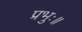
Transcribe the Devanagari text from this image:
प्रभुः॥